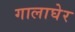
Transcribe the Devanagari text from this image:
गालाघेर